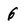
Character: 6